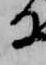
る